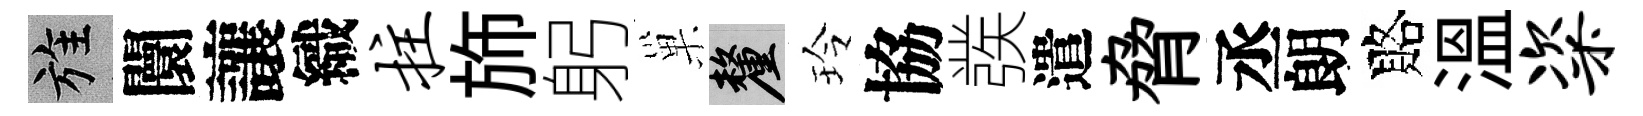
旌闤讓織拄斾躬巢厘玲協彂遣脅丞朗賂溫粢